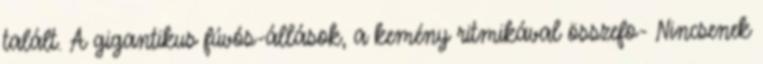
talált. A gigantikus fúvós-állások, a kemény ritmikával összefo- Nincsenek